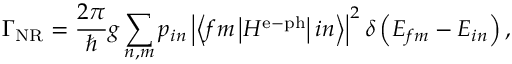
\Gamma _ { \mathrm { N R } } = \frac { 2 \pi } { \hbar } g \sum _ { n , m } p _ { i n } \left| \left\langle f m \left| H ^ { \mathrm { e } - \mathrm { p h } } \right| i n \right\rangle \right| ^ { 2 } \delta \left( E _ { f m } - E _ { i n } \right) ,